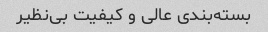
بسته‌بندی عالی و کیفیت بی‌نظیر